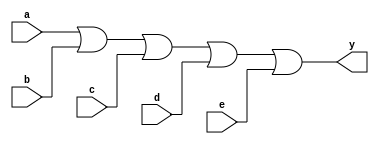
module my_or5 (
   input a, b, c, d, e,
   output y);
   
   assign y = a | b | c | d | e;
   
endmodule